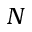
N